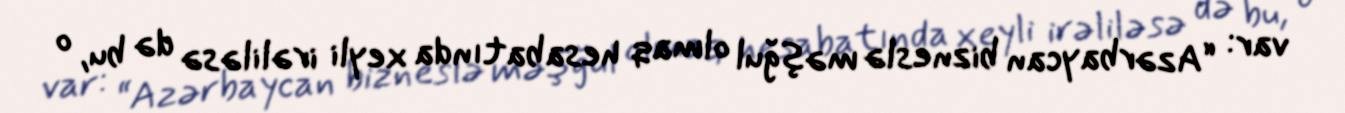
var: “Azərbaycan bizneslə məşğul olmaq hesabatında xeyli irəliləsə də bu, o